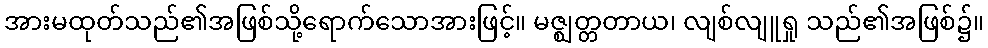
အားမထုတ်သည်၏အဖြစ်သို့ရောက်သောအားဖြင့်။ မဇ္ဈတ္တတာယ၊ လျစ်လျူရှု သည်၏အဖြစ်၌။